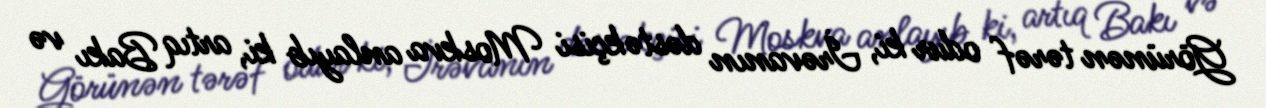
Görünən tərəf odur ki, İrəvanın dəstəkçisi Moskva anlayıb ki, artıq Bakı və